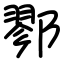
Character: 鄝